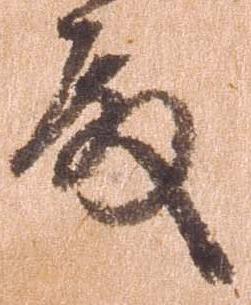
殿